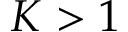
K > 1